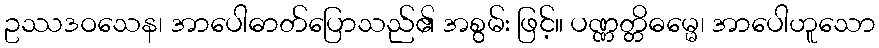
ဥဿဒဝသေန၊ အာပေါဓာတ်ပြောသည်၏ အစွမ်း ဖြင့်။ ပဏ္ဏတ္တိဓမ္မေ၊ အာပေါဟူသော